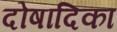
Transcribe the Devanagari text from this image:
दोषादिका